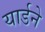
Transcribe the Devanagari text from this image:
यार्डने